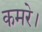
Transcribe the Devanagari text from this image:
कमरे।